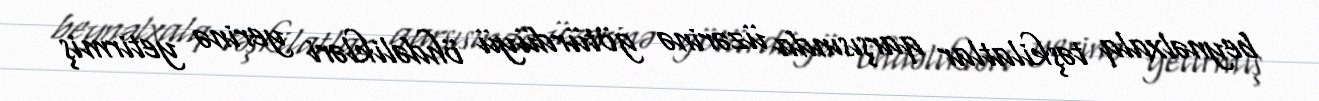
beynəlxalq təşkilatlar qarşısında üzərinə götürdüyü öhdəlikləri yerinə yetirmiş